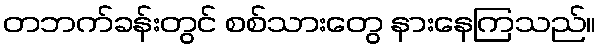
တဘက်ခန်းတွင် စစ်သားတွေ နားနေကြသည်။